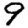
Digit: 9